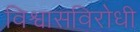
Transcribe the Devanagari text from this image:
विश्वासविरोधी